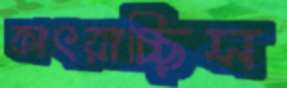
কাৎরাচ্ছিস